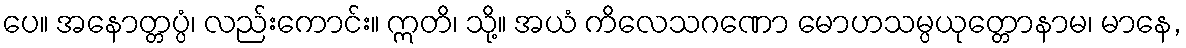
ပေ။ အနောတ္တပ္ပံ၊ လည်းကောင်း။ ဣတိ၊ သို့။ အယံ ကိလေသဂဏော မောဟသမ္ပယုတ္တောနာမ၊ မာနေ,